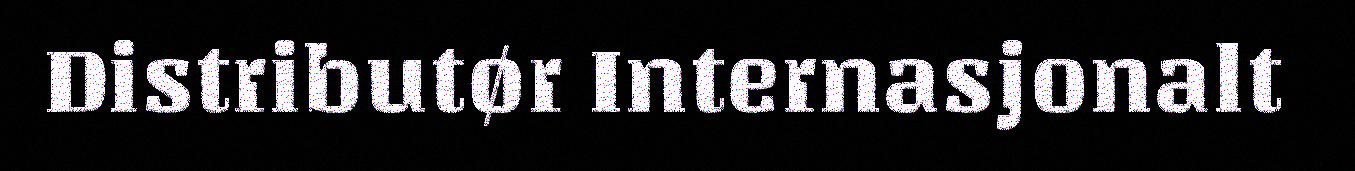
Distributør Internasjonalt